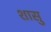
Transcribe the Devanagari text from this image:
शासु